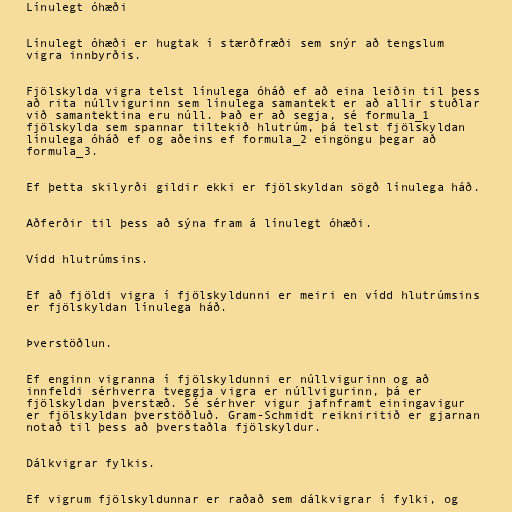
Línulegt óhæði

Línulegt óhæði er hugtak í stærðfræði sem snýr að tengslum
vigra innbyrðis.

Fjölskylda vigra telst línulega óháð ef að eina leiðin til þess
að rita núllvigurinn sem línulega samantekt er að allir stuðlar
við samantektina eru núll. Það er að segja, sé formula_1
fjölskylda sem spannar tiltekið hlutrúm, þá telst fjölskyldan
línulega óháð ef og aðeins ef formula_2 eingöngu þegar að
formula_3.

Ef þetta skilyrði gildir ekki er fjölskyldan sögð línulega háð.

Aðferðir til þess að sýna fram á línulegt óhæði.

Vídd hlutrúmsins.

Ef að fjöldi vigra í fjölskyldunni er meiri en vídd hlutrúmsins
er fjölskyldan línulega háð.

Þverstöðlun.

Ef enginn vigranna í fjölskyldunni er núllvigurinn og að
innfeldi sérhverra tveggja vigra er núllvigurinn, þá er
fjölskyldan þverstæð. Sé sérhver vigur jafnframt einingavigur
er fjölskyldan þverstöðluð. Gram-Schmidt reikniritið er gjarnan
notað til þess að þverstaðla fjölskyldur.

Dálkvigrar fylkis.

Ef vigrum fjölskyldunnar er raðað sem dálkvigrar í fylki, og